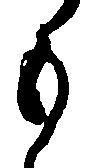
も